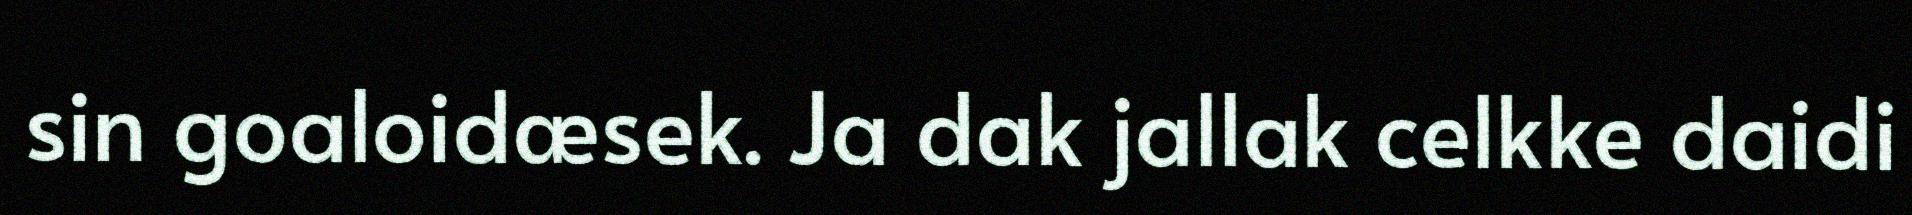
sin goaloidæsek. Ja dak jallak celkke daidi